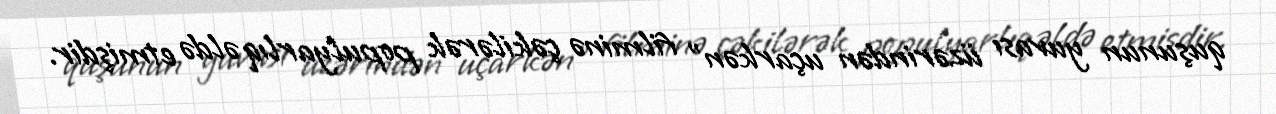
quşunun yuvası üzərindən uçarkən" filminə çəkilərək populyarlıq əldə etmişdir.